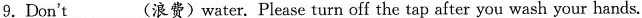
9.Don't ___(浪费)water. Please turn off the tap after you wash your hands.